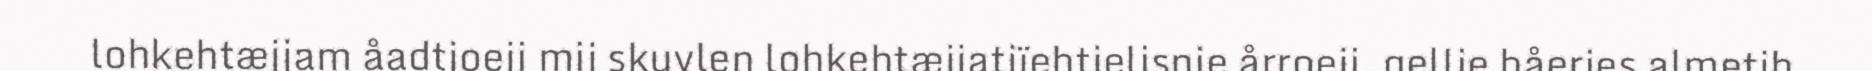
lohkehtæjjam åadtjoeji mij skuvlen lohkehtæjjatjïehtjelisnie årroeji, gellie båeries almetjh